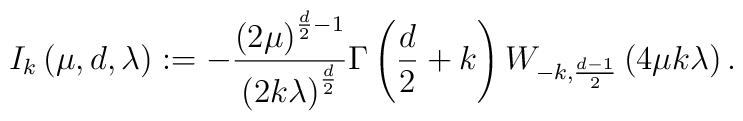
I_{k}\left( \mu ,d,\lambda \right) :=-\frac{\left( 2\mu \right) ^{\frac{d}{2}-1}}{\left( 2k\lambda \right) ^{\frac{d}{2}}}\Gamma \left( \frac{d}{2}+k\right) W_{-k,\frac{d-1}{2}}\left( 4\mu k\lambda \right) .